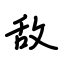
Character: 敌